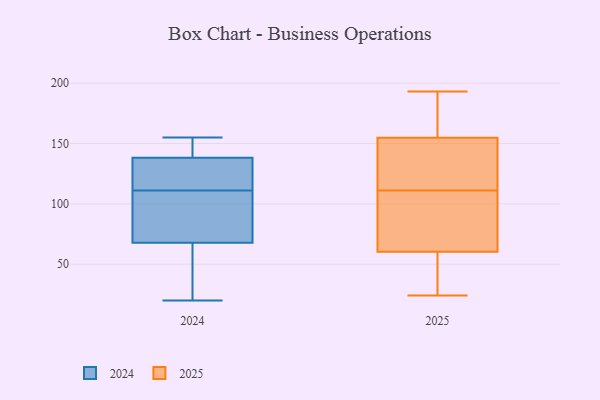
{"axis": {"x": "Shipments", "y": "Value"}, "legend": ["2024", "2025"], "data": [{"x": "", "y": 126, "type": "2025"}, {"x": "", "y": 64, "type": "2025"}, {"x": "", "y": 59, "type": "2025"}, {"x": "", "y": 84, "type": "2025"}, {"x": "", "y": 72, "type": "2025"}, {"x": "", "y": 49, "type": "2025"}, {"x": "", "y": 142, "type": "2025"}, {"x": "", "y": 53, "type": "2025"}, {"x": "", "y": 159, "type": "2025"}, {"x": "", "y": 139, "type": "2025"}, {"x": "", "y": 193, "type": "2025"}, {"x": "", "y": 111, "type": "2025"}, {"x": "", "y": 178, "type": "2025"}, {"x": "", "y": 167, "type": "2025"}, {"x": "", "y": 24, "type": "2025"}, {"x": "", "y": 151, "type": "2024"}, {"x": "", "y": 151, "type": "2024"}, {"x": "", "y": 77, "type": "2024"}, {"x": "", "y": 139, "type": "2024"}, {"x": "", "y": 136, "type": "2024"}, {"x": "", "y": 111, "type": "2024"}, {"x": "", "y": 65, "type": "2024"}, {"x": "", "y": 76, "type": "2024"}, {"x": "", "y": 20, "type": "2024"}, {"x": "", "y": 65, "type": "2024"}, {"x": "", "y": 124, "type": "2024"}, {"x": "", "y": 140, "type": "2024"}, {"x": "", "y": 123, "type": "2024"}, {"x": "", "y": 112, "type": "2024"}, {"x": "", "y": 77, "type": "2024"}, {"x": "", "y": 110, "type": "2024"}, {"x": "", "y": 27, "type": "2024"}, {"x": "", "y": 35, "type": "2024"}, {"x": "", "y": 155, "type": "2024"}]}